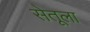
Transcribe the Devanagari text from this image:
सेतूला